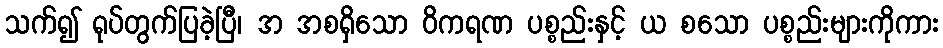
သက်၍ ရုပ်တွက်ပြခဲ့ပြီ၊ အ အစရှိသော ဝိကရဏ ပစ္စည်းနှင့် ယ စသော ပစ္စည်းများကိုကား